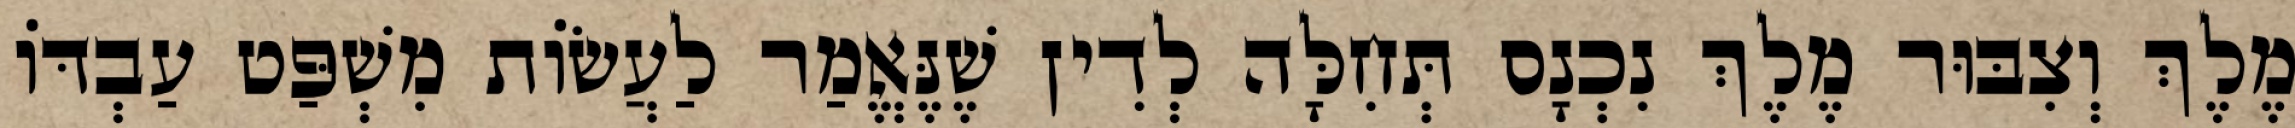
מֶלֶךְ וְצִבּוּר מֶלֶךְ נִכְנָס תְּחִלָּה לְדִין שֶׁנֶּאֱמַר לַעֲשׂוֹת מִשְׁפַּט עַבְדּוֹ